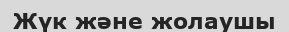
Жүк және жолаушы